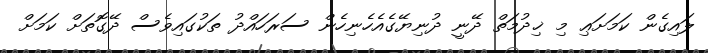
ލައިގެން ކަމަށަޢި މި ޚިދުމަތް ދޭނީ ދުނިޔޭގެއެހެނިހެން ސަރަހައްދު ތަކުގައިވެސް ދޭގޮތަށް ކަމަށް